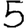
Digit: 5